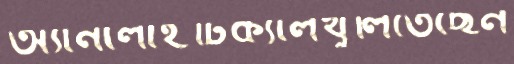
অ্যানালাইটিক্যালখুলিতেছেন